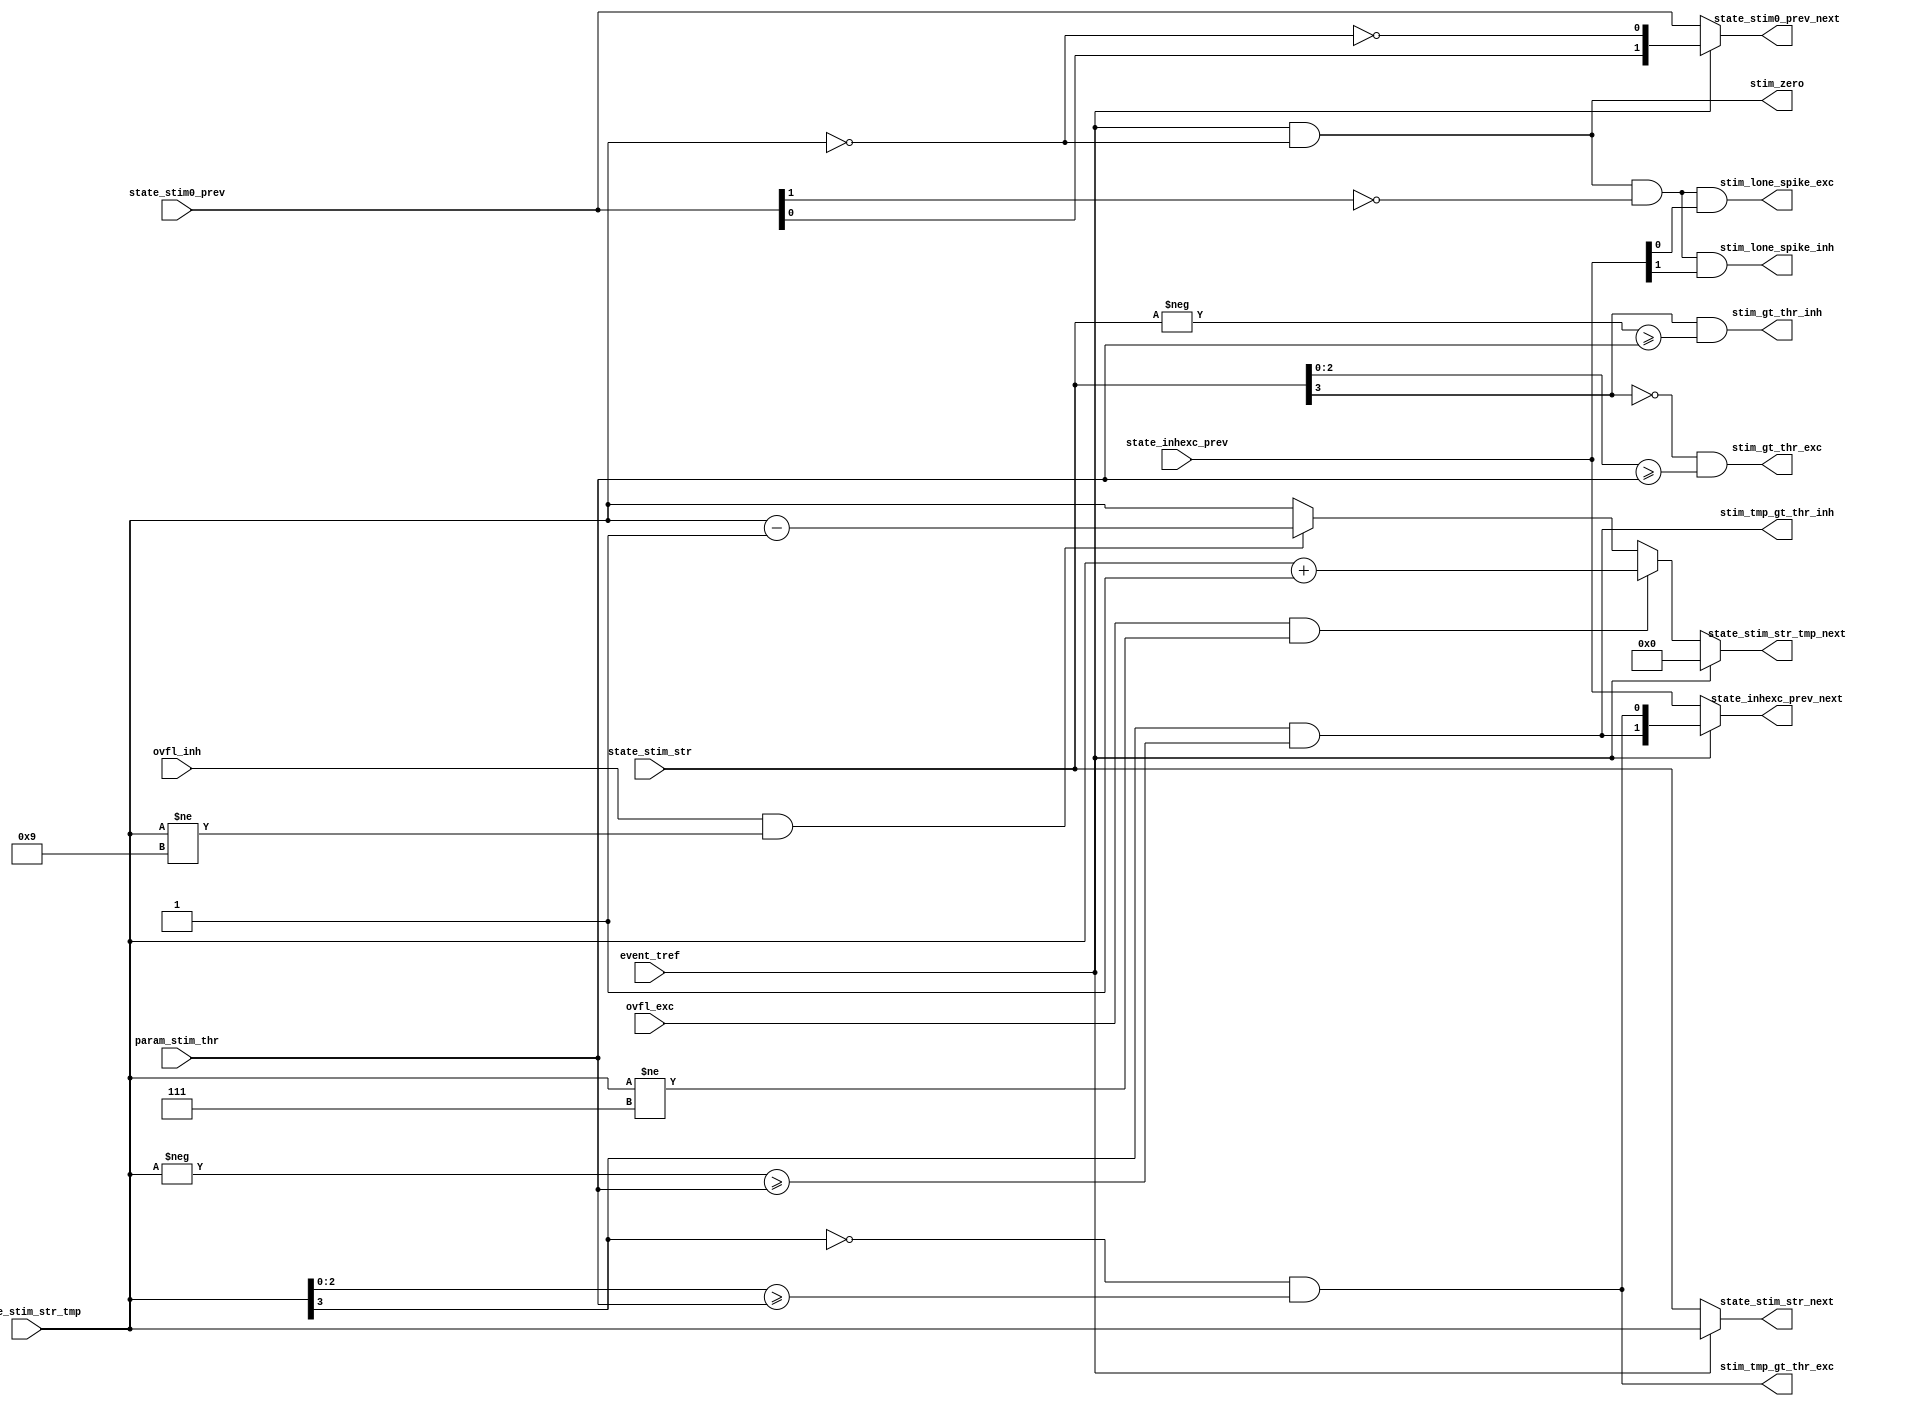
module izh_stimulation_strength ( 
    input  wire [          2:0] param_stim_thr,          // stimulation threshold (phasic, mixed,...) parameter
    input  wire [          3:0] state_stim_str,          // stimulation strength state from SRAM 
    input  wire [          3:0] state_stim_str_tmp,      // temporary stimulation strength state from SRAM 
    input  wire [          1:0] state_stim0_prev,        // zero stimulation monitoring state from SRAM
    input  wire [          1:0] state_inhexc_prev,       // inh/exc stimulation monitoring state from SRAM
    input  wire                 ovfl_inh,                // overflow excitatory type event signal
    input  wire                 ovfl_exc,                // overflow inhibitory type event signal
    input  wire                 event_tref,              // time reference event signal
    output reg  [          3:0] state_stim_str_next,     // next stimulation strength state to SRAM 
    output reg  [          3:0] state_stim_str_tmp_next, // next temporary stimulation strength state to SRAM 
    output reg  [          1:0] state_stim0_prev_next,   // next zero stimulation monitoring state to SRAM
    output reg  [          1:0] state_inhexc_prev_next,  // next inh/exc stimulation monitoring state to SRAM
    output wire                 stim_gt_thr_exc,         // excitatory stimulation strength greater than threshold signal
    output wire                 stim_tmp_gt_thr_exc,     // current excitatory stimulation strength greater than threshold signal
    output wire                 stim_gt_thr_inh,         // inhibitory stimulation strength greater than threshold signal
    output wire                 stim_tmp_gt_thr_inh,     // current inhibitory stimulation strength greater than threshold signal
    output wire                 stim_lone_spike_exc,     // isolated excitatory spike signal
    output wire                 stim_lone_spike_inh,     // isolated inhibitory spike signal
    output wire                 stim_zero                // zero stimulation signal
);


    assign stim_gt_thr_exc     = ~state_stim_str[3]     && (      state_stim_str[2:0]  >=       param_stim_thr );
    assign stim_tmp_gt_thr_exc = ~state_stim_str_tmp[3] && (  state_stim_str_tmp[2:0]  >=       param_stim_thr );
    assign stim_gt_thr_inh     =  state_stim_str[3]     && ((    -state_stim_str     ) >= {1'b0,param_stim_thr});
    assign stim_tmp_gt_thr_inh =  state_stim_str_tmp[3] && ((-state_stim_str_tmp     ) >= {1'b0,param_stim_thr});
    assign stim_lone_spike_exc =  event_tref && (state_stim_str_tmp == 4'b0) && ~state_stim0_prev[1] && state_inhexc_prev[0];
    assign stim_lone_spike_inh =  event_tref && (state_stim_str_tmp == 4'b0) && ~state_stim0_prev[1] && state_inhexc_prev[1];
    assign stim_zero           =  event_tref && (state_stim_str_tmp == 4'b0);

    always @(*) begin 
        if (event_tref)
            state_stim_str_tmp_next = 4'b0;
        else if (ovfl_exc && (state_stim_str_tmp != 4'b0111))
            state_stim_str_tmp_next = state_stim_str_tmp + 4'b1;
        else if (ovfl_inh && (state_stim_str_tmp != 4'b1001))
            state_stim_str_tmp_next = state_stim_str_tmp - 4'b1;
        else
            state_stim_str_tmp_next = state_stim_str_tmp;
    end

    always @(*) begin 
        if (event_tref)
            state_stim_str_next = state_stim_str_tmp;
        else
            state_stim_str_next = state_stim_str;
    end

    always @(*) begin 
        if (event_tref)
            state_stim0_prev_next = {state_stim0_prev[0], ~(state_stim_str_tmp == 4'b0)};
        else
            state_stim0_prev_next = state_stim0_prev;
    end

    always @(*) begin 
        if (event_tref)
            state_inhexc_prev_next = {stim_tmp_gt_thr_inh, stim_tmp_gt_thr_exc};
        else
            state_inhexc_prev_next = state_inhexc_prev;
    end
    
    
endmodule